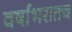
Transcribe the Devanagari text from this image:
वर्षाभरातच